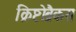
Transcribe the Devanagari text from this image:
क्रिष्टोब्रैकस